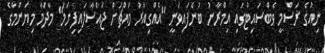
ނިއުގެ ރަސްމީ ވެބްސައިޓުގައި އިމްރާނު ބުނެފައިވަނީ "އެއްގިއަރު މައްޗަށް ޖައްސާލައިފިނަމަ" މާދަމާ މިޔަންމާގެ